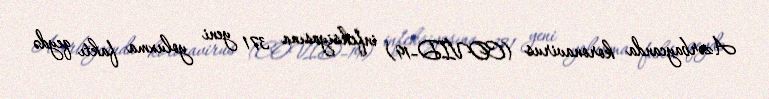
Azərbaycanda koronavirus (COVID-19) infeksiyasına 371 yeni yoluxma faktı qeydə